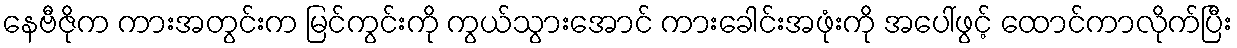
နေဗီဇိုက ကားအတွင်းက မြင်ကွင်းကို ကွယ်သွားအောင် ကားခေါင်းအဖုံးကို အပေါ်ဖွင့် ထောင်ကာလိုက်ပြီး